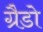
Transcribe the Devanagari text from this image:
ग्रैडो